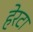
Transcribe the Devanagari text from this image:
हेरटा